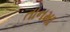
તાનમા